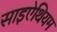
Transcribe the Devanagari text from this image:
साइऐथियम